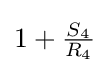
1+{\tfrac {S_{4}}{R_{4}}}